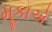
મૂકાએ